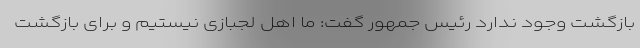
بازگشت وجود ندارد رئیس جمهور گفت: ما اهل لجبازی نیستیم و برای بازگشت